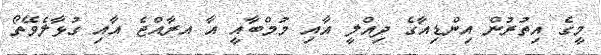
މީގެ އިތުރުން އިންޑިއާގެ ދިއްލީ އާއި މުމްބާއީ އާ އރާއްޖެ އާއި ގުޅާލެވޭތޯ